Annual report on the health of the army in India
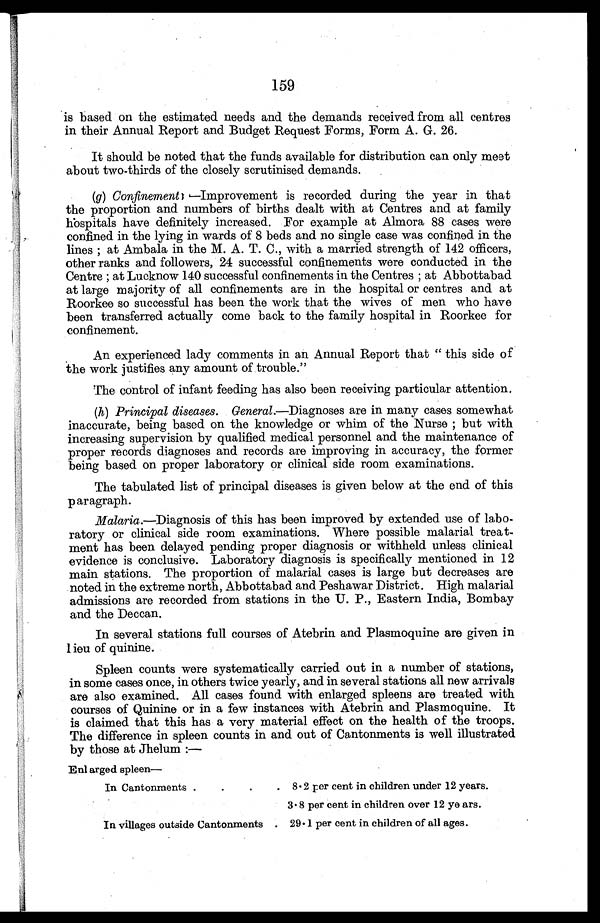
159
is based on the estimated needs and the demands received from all centres
in their Annual Report and Budget Request Forms, Form A. G. 26.
It should be noted that the funds available for distribution can only meet
about two-thirds of the closely scrutinised demands.
(g) Confinement—Improvement is recorded during the year in that
the proportion and numbers of births dealt with at Centres and at family
hospitals have definitely increased. For example at Almora 88 cases were
confined in the lying in wards of 8 beds and no single case was confined in the
lines; at Ambala in the M. A. T. C., with a married strength of 142 officers,
other ranks and followers, 24 successful confinements were conducted in the
Centre; at Lucknow 140 successful confinements in the Centres; at Abbottabad
at large majority of all confinements are in the hospital or centres and at
Roorkee so successful has been the work that the wives of men who have
been transferred actually come back to the family hospital in Roorkee for
confinement.
An experienced lady comments in an Annual Report that "this side of
the work justifies any amount of trouble."
The control of infant feeding has also been receiving particular attention.
(h) Principal diseases. General.—Diagnoses are in many cases somewhat
inaccurate, being based on the knowledge or whim of the Nurse; but with
increasing supervision by qualified medical personnel and the maintenance of
proper records diagnoses and records are improving in accuracy, the former
being based on proper laboratory or clinical side room examinations.
The tabulated list of principal diseases is given below at the end of this
paragraph.
Malaria.—Diagnosis of this has been improved by extended use of labo
-ratory or clinical side room examinations. Where possible malarial treat
- m e n t h a s b e e n d e l a y e d p e n d i n g p r o p e r d i a g n o s i s o r w i t h h e l d u n l e s s c l i n i c a l
evidence is conclusive. Laboratory diagnosis is specifically mentioned in 12
main stations. The proportion of malarial cases is large but decreases are
noted in the extreme north, Abbottabad and Peshawar District. High malarial
admissions are recorded from stations in the U. P., Eastern India, Bombay
and the Deccan.
In several stations full courses of Atebrin and Plasmoquine are given in
lieu of quinine.
Spleen counts were systematically carried out in a number of stations,
in some cases once, in others twice yearly, and in several stations all new arrivals
are also examined. All cases found with enlarged spleens are treated with
courses of Quinine or in a few instances with Atebrin and Plasmoquine. It
is claimed that this has a very material effect on the health of the troops.
The difference in spleen counts in and out of Cantonments is well illustrated
by those at Jhelum:—
Enlarged spleen—
In Cantonments
8.2 per cent in children under 12 years.
3.8 per cent in children over 12 years.
In villages outside Cantonments
29.1 per cent in children of all ages.